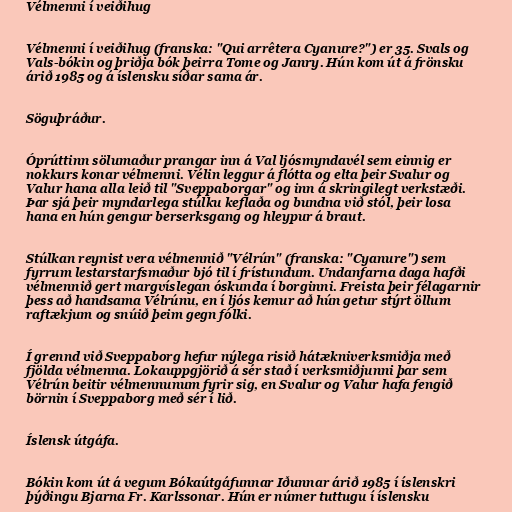
Vélmenni í veiðihug

Vélmenni í veiðihug (franska: "Qui arrêtera Cyanure?") er 35. Svals og
Vals-bókin og þriðja bók þeirra Tome og Janry. Hún kom út á frönsku
árið 1985 og á íslensku síðar sama ár.

Söguþráður.

Óprúttinn sölumaður prangar inn á Val ljósmyndavél sem einnig er
nokkurs konar vélmenni. Vélin leggur á flótta og elta þeir Svalur og
Valur hana alla leið til "Sveppaborgar" og inn á skringilegt verkstæði.
Þar sjá þeir myndarlega stúlku keflaða og bundna við stól, þeir losa
hana en hún gengur berserksgang og hleypur á braut.

Stúlkan reynist vera vélmennið "Vélrún" (franska: "Cyanure") sem
fyrrum lestarstarfsmaður bjó til í frístundum. Undanfarna daga hafði
vélmennið gert margvíslegan óskunda í borginni. Freista þeir félagarnir
þess að handsama Vélrúnu, en í ljós kemur að hún getur stýrt öllum
raftækjum og snúið þeim gegn fólki.

Í grennd við Sveppaborg hefur nýlega risið hátækniverksmiðja með
fjölda vélmenna. Lokauppgjörið á sér stað í verksmiðjunni þar sem
Vélrún beitir vélmennunum fyrir sig, en Svalur og Valur hafa fengið
börnin í Sveppaborg með sér í lið.

Íslensk útgáfa.

Bókin kom út á vegum Bókaútgáfunnar Iðunnar árið 1985 í íslenskri
þýðingu Bjarna Fr. Karlssonar. Hún er númer tuttugu í íslensku